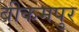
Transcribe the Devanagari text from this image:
बीकमपुर